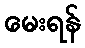
မေးရန်